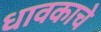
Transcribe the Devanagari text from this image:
धावकाचे